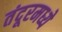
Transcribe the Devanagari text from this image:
तंदूरमध्ये